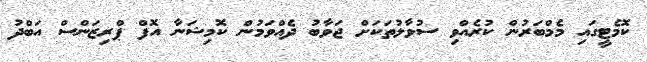
ކޮމެޓީގައި މެމްބަރުން ކުރެއްވި ސުވާލުތަކަށް ޖަވާބު ދެއްވަމުން ކޮމިޝަނާ އޮފް ޕްރިޒަންސް އަބްދު